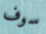
سوف